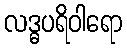
လဒ္ဓပရိဝါရော